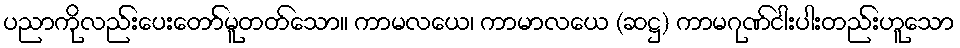
ပညာကိုလည်းပေးတော်မူတတ်သော။ ကာမလယေ၊ ကာမာလယေ (ဆဋ္ဌ) ကာမဂုဏ်ငါးပါးတည်းဟူသော